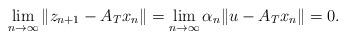
LaTeX: \begin{align*}\lim_{n\rightarrow\infty}\|z_{n+1}-A_Tx_n\|=\lim_{n\rightarrow\infty}\alpha_n\|u-A_Tx_n\|=0.\end{align*}